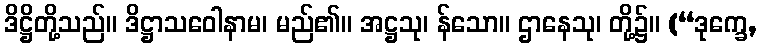
ဒိဋ္ဌိတို့သည်။ ဒိဋ္ဌာသဝေါနာမ၊ မည်၏။ အဋ္ဌသု၊ န်သော။ ဌာနေသု၊ တို့၌။ (“ဒုက္ခေ,